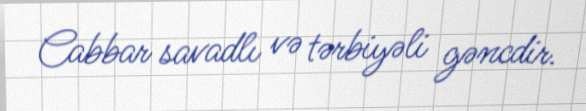
Cabbar savadlı və tərbiyəli gəncdir.